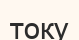
току